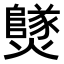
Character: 𤒮